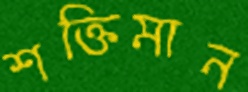
শক্তিমান